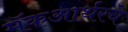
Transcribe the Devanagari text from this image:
मॅकआर्थरचे